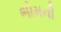
ભોમની